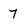
Character: 7